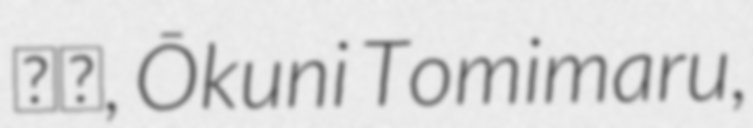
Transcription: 富丸, Ōkuni Tomimaru,